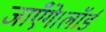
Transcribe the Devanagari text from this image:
जाएँगे।लॉर्ड